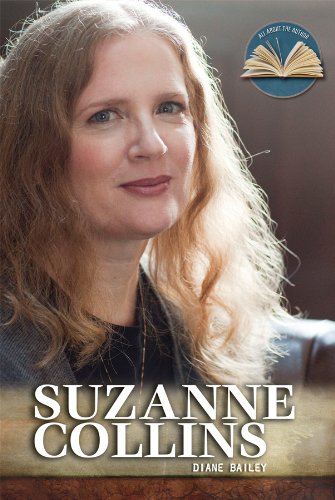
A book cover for Suzanne Collins (All about the Author); Diane Bailey; Teen & Young Adult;